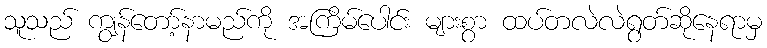
သူသည် ကျွန်တော့်နာမည်ကို အကြိမ်ပေါင်း များစွာ ထပ်တလဲလဲရွတ်ဆိုနေရာမှ